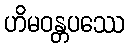
ဟိမဝန္တပဿေ